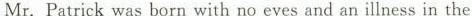
Mr.Patrick was born with no eyes and an illness in the